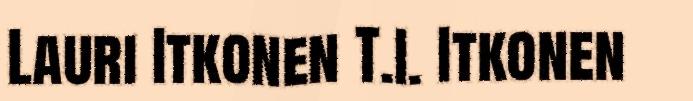
Lauri Itkonen T.I. Itkonen